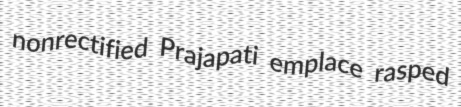
nonrectified Prajapati emplace rasped